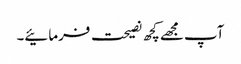
آپ مجھے کچھ نصیحت فرمائیے۔